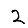
Digit: 2